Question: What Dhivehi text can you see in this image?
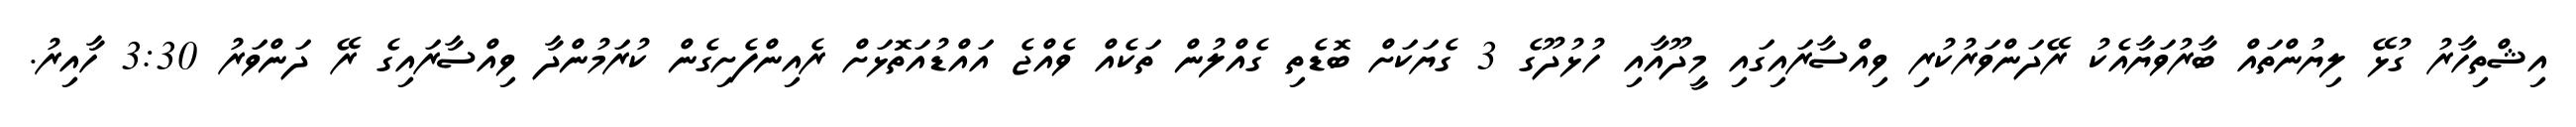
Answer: އިޝްތިހާރު ގުޅޭ ލިޔުންތައް ބާރުވަޔާއެކު ރޭދަންވަރުކުރި ވިއްސާރައިގައި މީދޫއާއި ހުޅުދޫގެ 3 ގެޔަކަށް ބޮޑެތި ގެއްލުން ތަކެއް ވެއްޖެ އައްޑުއަތޮޅަށް ރެއިންފެށިގެން ކުރަމުންދާ ވިއްސާރައިގެ ރޭ ދަންވަރު 3:30 ހާއިރު.